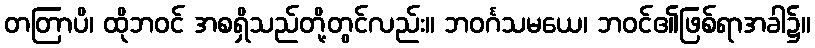
တတြာပိ၊ ထိုဘဝင် အစရှိသည်တို့တွင်လည်း။ ဘဝင်္ဂသမယေ၊ ဘဝင်၏ဖြစ်ရာအခါ၌။